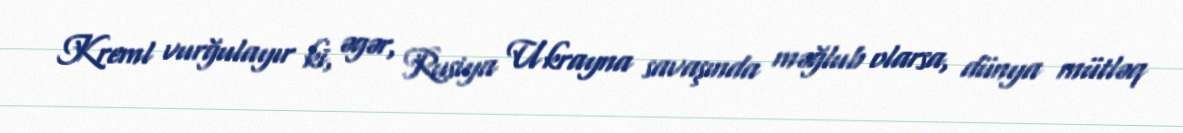
Kreml vurğulayır ki, əgər, Rusiya Ukrayna savaşında məğlub olarsa, dünya mütləq